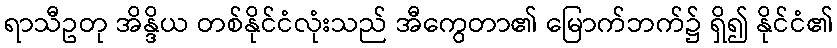
ရာသီဥတု အိန္ဒိယ တစ်နိုင်ငံလုံးသည် အီကွေတာ၏ မြောက်ဘက်၌ ရှိ၍ နိုင်ငံ၏